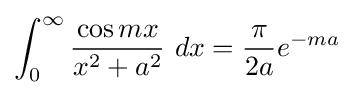
\int _{0}^{\infty }{\frac {\cos mx}{x^{2}+a^{2}}}\ dx={\frac {\pi }{2a}}e^{-ma}